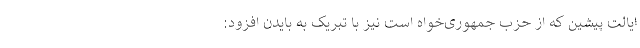
ایالت پیشین که از حزب جمهوری‌خواه است نیز با تبریک به بایدن افزود: